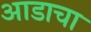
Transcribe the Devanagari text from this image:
आडाचा